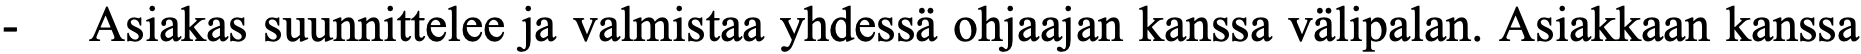
-  Asiakas suunnittelee ja valmistaa yhdessä ohjaajan kanssa välipalan. Asiakkaan kanssa